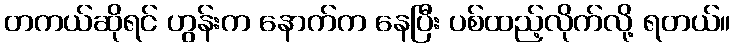
တကယ်ဆိုရင် ဟွန်းက နောက်က နေပြီး ပစ်ထည့်လိုက်လို့ ရတယ်။